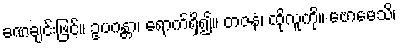
ခဏချင်းဖြင့်။ ဥပဂန္တာ၊ ရောက်ရှိ၍။ တဇနံ၊ ထိုလူကို။ ဗောဓေသိ၊